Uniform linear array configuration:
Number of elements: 4
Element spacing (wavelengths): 0.5
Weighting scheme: hamming
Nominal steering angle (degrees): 15
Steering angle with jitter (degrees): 15.603
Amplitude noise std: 0.05
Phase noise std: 0.05

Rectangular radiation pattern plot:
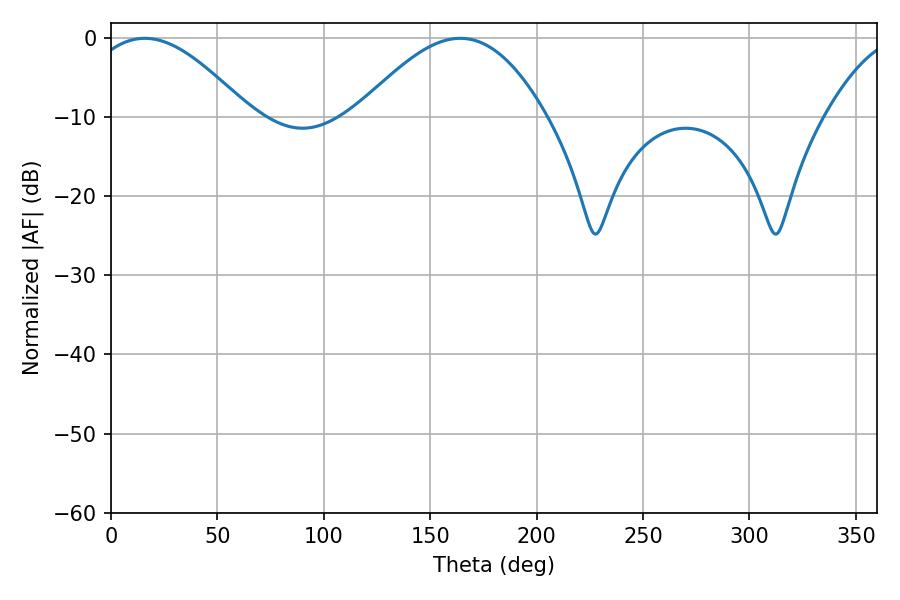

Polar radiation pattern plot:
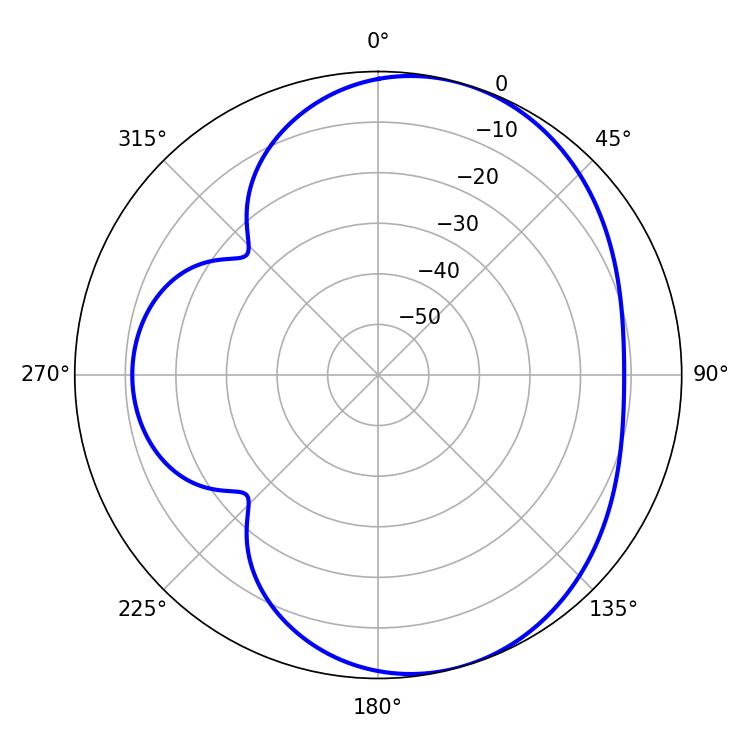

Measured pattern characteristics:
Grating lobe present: FALSE
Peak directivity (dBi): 5.663
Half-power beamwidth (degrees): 41.4
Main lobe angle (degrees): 15.84